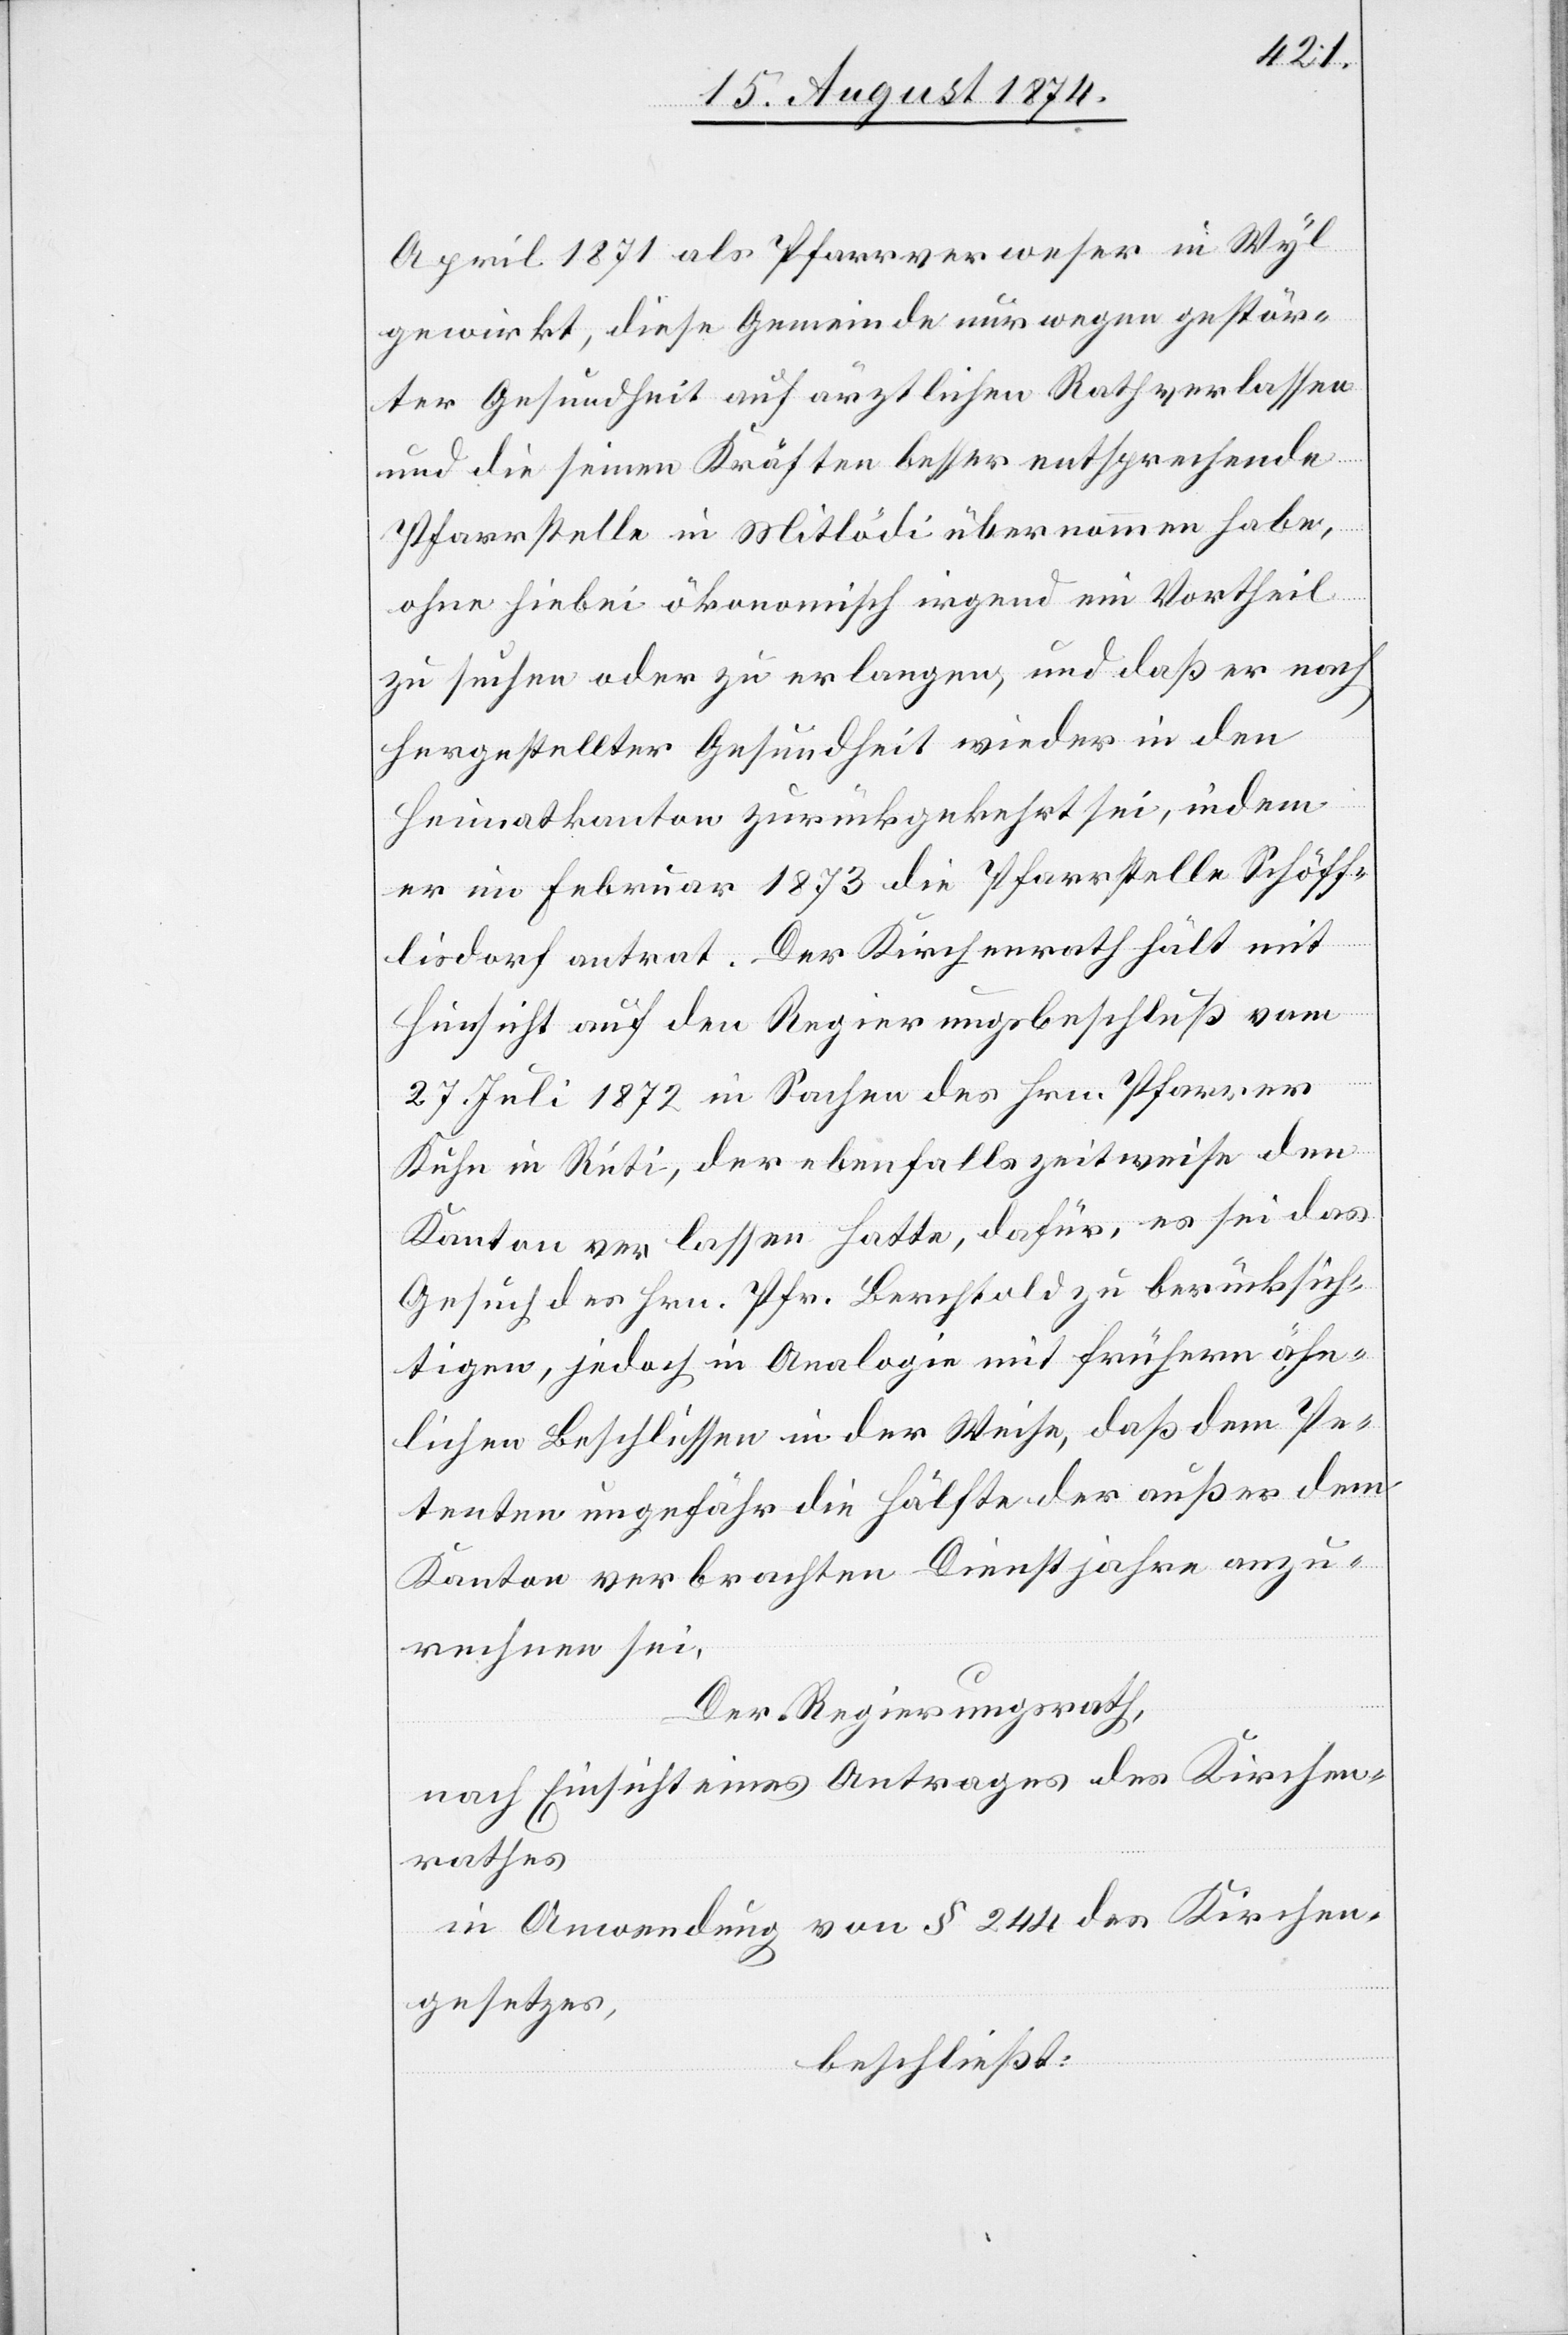
April 1871 als Pfarrverweser in Wyl
gewirkt, diese Gemeinde nur wegen gestärk¬
ter Gesundheit auf ärztlichen Rath verlassen
und die seinen Kräften besser entsprechende
Pfarrstelle in Mitlödi übernommen habe,
ohne hiebei ökonomisch irgend ein Vortheil
zu suchen oder zu erlangen, und daß er nach
hergestellter Gesundheit wieder in den
Heimatskanton zurückgekehrt sei, indem
er im Februar 1873 die Pfarrstelle Schöff¬
lisdorf antrat. Der Kirchenrath hält mit
Hinsicht auf den Regierungsbeschluß vom
27. Juli 1872 in Sachen des Hrn. Pfarrer
Kuhn in Rüti der ebenfalls zeitweise den
Kanton verlassen hatte, dafür, es sei das
Gesuch des Hrn. Pfr. Berchtold zu berücksich¬
tigen, jedoch in Analogie mit frühern ähn¬
lichen Beschlüssen in der Weise, daß dem Pe¬
tenten ungefähr die Hälfte der außer dem
Kanton verbrachten Dienstjahre anzu¬
rechnen sei.
Der Regierungsrath,
nach Einsicht eines Antrages des Kirchen¬
rathes
in Anwendung von § 244 des Kirchen¬
gesetzes,
beschließt: